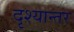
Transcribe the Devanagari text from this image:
दृश्यान्तर